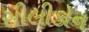
સીલીકોન